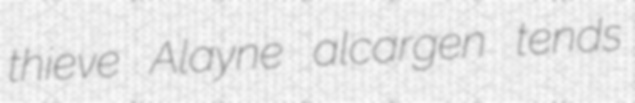
thieve Alayne alcargen tends